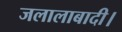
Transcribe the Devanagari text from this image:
जलालाबादी।